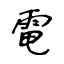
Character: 電